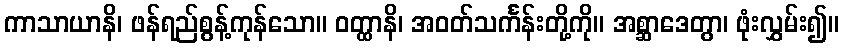
ကာသာယာနိ၊ ဖန်ရည်စွန့်ကုန်သော။ ဝတ္ထာနိ၊ အဝတ်သင်္ကန်းတို့ကို။ အစ္ဆာဒေတွာ၊ ဖုံးလွှမ်း၍။